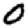
Digit: 0